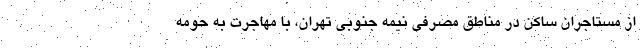
از مستاجران ساکن در مناطق مصرفی نیمه جنوبی تهران، با مهاجرت به حومه